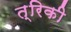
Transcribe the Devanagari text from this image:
त्रिकी